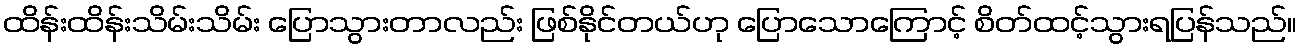
ထိန်းထိန်းသိမ်းသိမ်း ပြောသွားတာလည်း ဖြစ်နိုင်တယ်ဟု ပြောသောကြောင့် စိတ်ထင့်သွားရပြန်သည်။